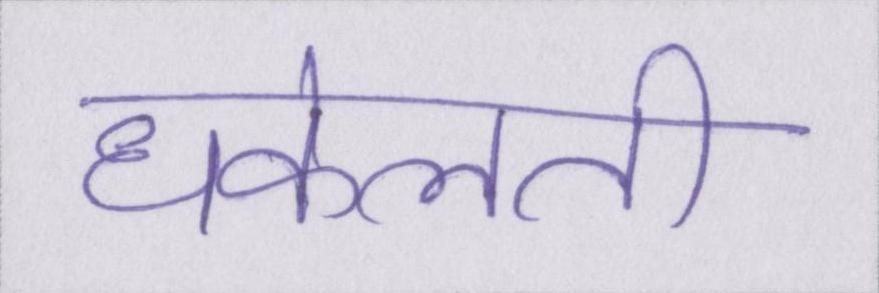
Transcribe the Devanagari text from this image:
धकेलती